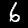
Digit: 6